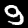
Label: 9